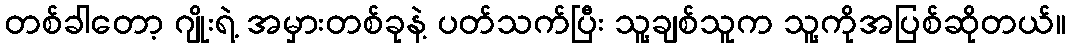
တစ်ခါတော့ ဂျိုးရဲ့ အမှားတစ်ခုနဲ့ ပတ်သက်ပြီး သူ့ချစ်သူက သူ့ကိုအပြစ်ဆိုတယ်။